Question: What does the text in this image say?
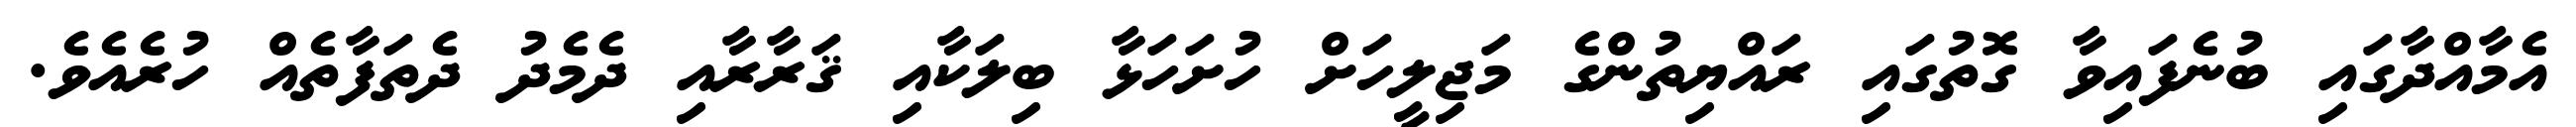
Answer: އެމާއްދާގައި ބުނެފައިވާ ގޮތުގައި ރައްޔިތުންގެ މަޖިލީހަށް ހުށަހަޅާ ބިލަކާއި ޤަރާރާއި ދެމެދު ދެތަފާތެއް ހުރެއެވެ.